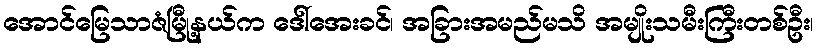
အောင်မြေသာဇံမြီု့နယ်က ဒေါ်အေးခင်၊ အခြားအမည်မသိ အမျိုးသမီးကြီးတစ်ဦး၊